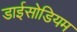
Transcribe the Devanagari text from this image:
डाईसोडियम